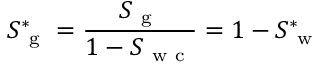
S _ { \mathrm { ~ g ~ } } ^ { * } = \frac { S _ { \mathrm { ~ g ~ } } } { 1 - S _ { \mathrm { ~ w ~ c ~ } } } = 1 - S _ { \mathrm { ~ w ~ } } ^ { * }